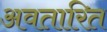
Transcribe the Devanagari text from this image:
अवतारित